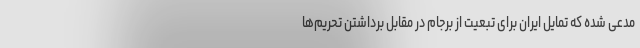
مدعی شده که تمایل ایران برای تبعیت از برجام در مقابل برداشتن تحریم‌ها